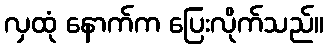
လှထုံ နောက်က ပြေးလိုက်သည်။